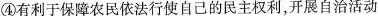
④有利于保障农民依法行使自己的民主权利，开展自治活动